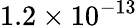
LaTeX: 1.2\times 10^{-13}